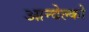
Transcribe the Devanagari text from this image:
आन्देल्को